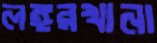
লঙ্গরখানা